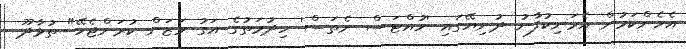
އެހެންކަމުން އެމަނިކުފާނު ދުނިޔޭގައި 'ހުއްޓަސް ނެތަސް' ހިދުމަތުގެ އަގު ވަޒަން ކުރަންޖެހޭ" ތުޅާދޫ